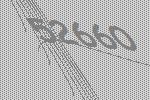
52660